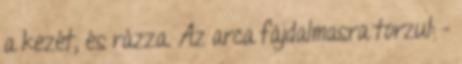
a kezét, és rázza. Az arca fájdalmasra torzul: -